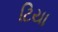
ટિયા